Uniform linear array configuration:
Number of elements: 8
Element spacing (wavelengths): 0.25
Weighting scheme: uniform
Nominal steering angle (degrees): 45
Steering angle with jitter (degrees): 46.547
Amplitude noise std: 0.05
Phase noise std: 0.05

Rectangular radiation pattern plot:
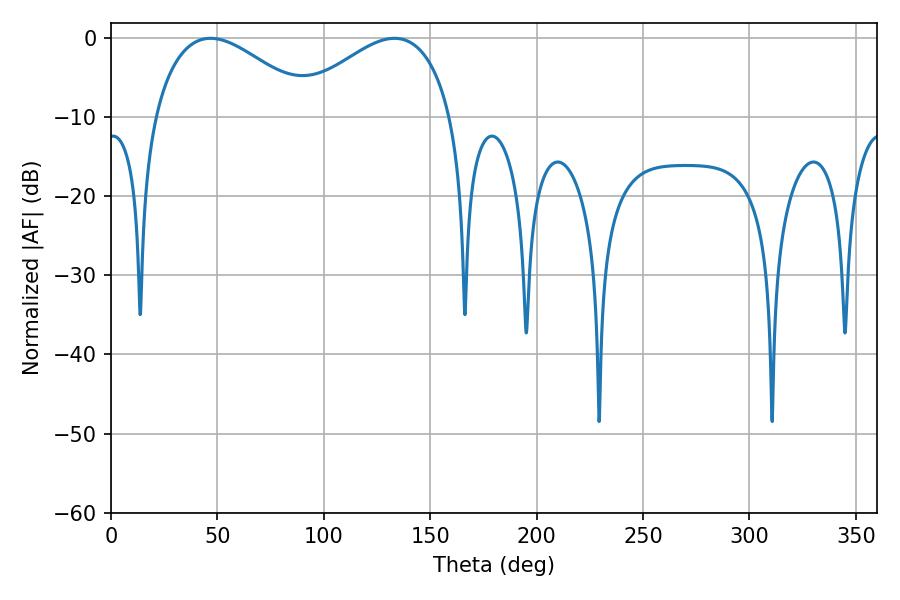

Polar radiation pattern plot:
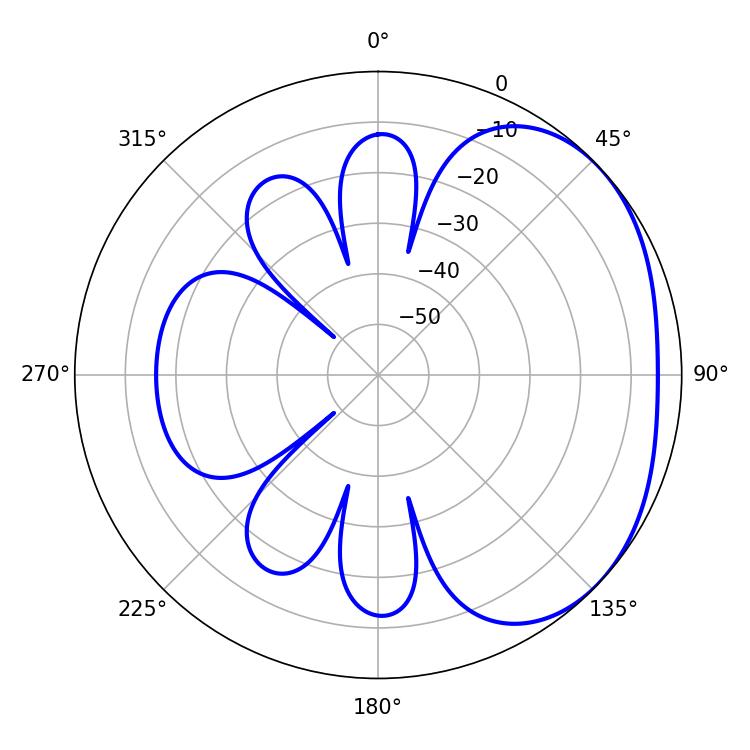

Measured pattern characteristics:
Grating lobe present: FALSE
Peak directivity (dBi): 2.489
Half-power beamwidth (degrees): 41.22
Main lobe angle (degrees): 46.8